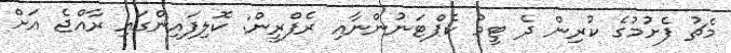
މެޗު ފެށުމުގެ ކުރިން ދެ ޓީމު ކެޕްޓަނުންނާއި ރެފްރީން: ކޮލިފައިންގައި ރާއްޖެ އަށް